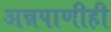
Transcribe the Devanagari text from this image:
अन्नपाणीही